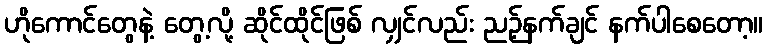
ဟိုကောင်တွေနဲ့ တွေ့လို့ ဆိုင်ထိုင်ဖြစ် လျှင်လည်း ညဉ့်နက်ချင် နက်ပါစေတော့။